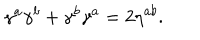
\gamma ^ { a } \gamma ^ { b } + \gamma ^ { b } \gamma ^ { a } = 2 \eta ^ { a b } .